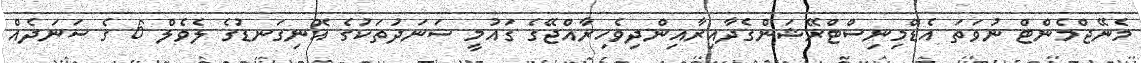
މެނޭޖްމެންޓް ނުވަތަ އެޑްމިނިސްޓްރޭޝަންގެދާއިރާއިންދިވެހިރާއްޖޭގެ ގައުމީ ސަނަދުތަކުގެ އޮނިގަނޑުގެ ލެވެލް 6 ގެ ސަނަދެއް